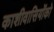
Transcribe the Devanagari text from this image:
काशीवासियोंको